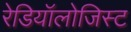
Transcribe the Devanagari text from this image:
रेडियॉलोजिस्ट